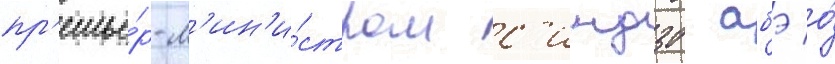
пр'емье́р-м'ин'и́стром с'индзо абэ о́